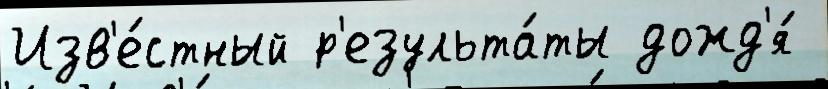
Изв'е́стный р'езульта́ты дожд'я́